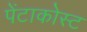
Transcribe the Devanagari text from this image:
पेंटाकोस्ट